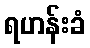
ရဟန်းခံ